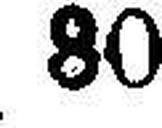
80